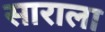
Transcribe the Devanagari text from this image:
साराला